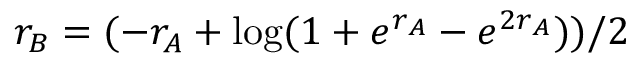
r _ { B } = ( - r _ { A } + \log ( 1 + e ^ { r _ { A } } - e ^ { 2 r _ { A } } ) ) / 2